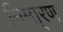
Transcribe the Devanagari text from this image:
निमा्रण